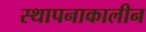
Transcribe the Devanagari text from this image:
स्थापनाकालीन